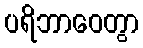
ပရိဘာဝေတွာ